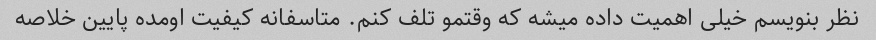
نظر بنویسم خیلی اهمیت داده میشه که وقتمو تلف کنم. متاسفانه کیفیت اومده پایین خلاصه